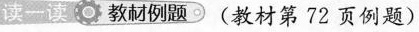
读一读 教材例题 (教材第72页例题)